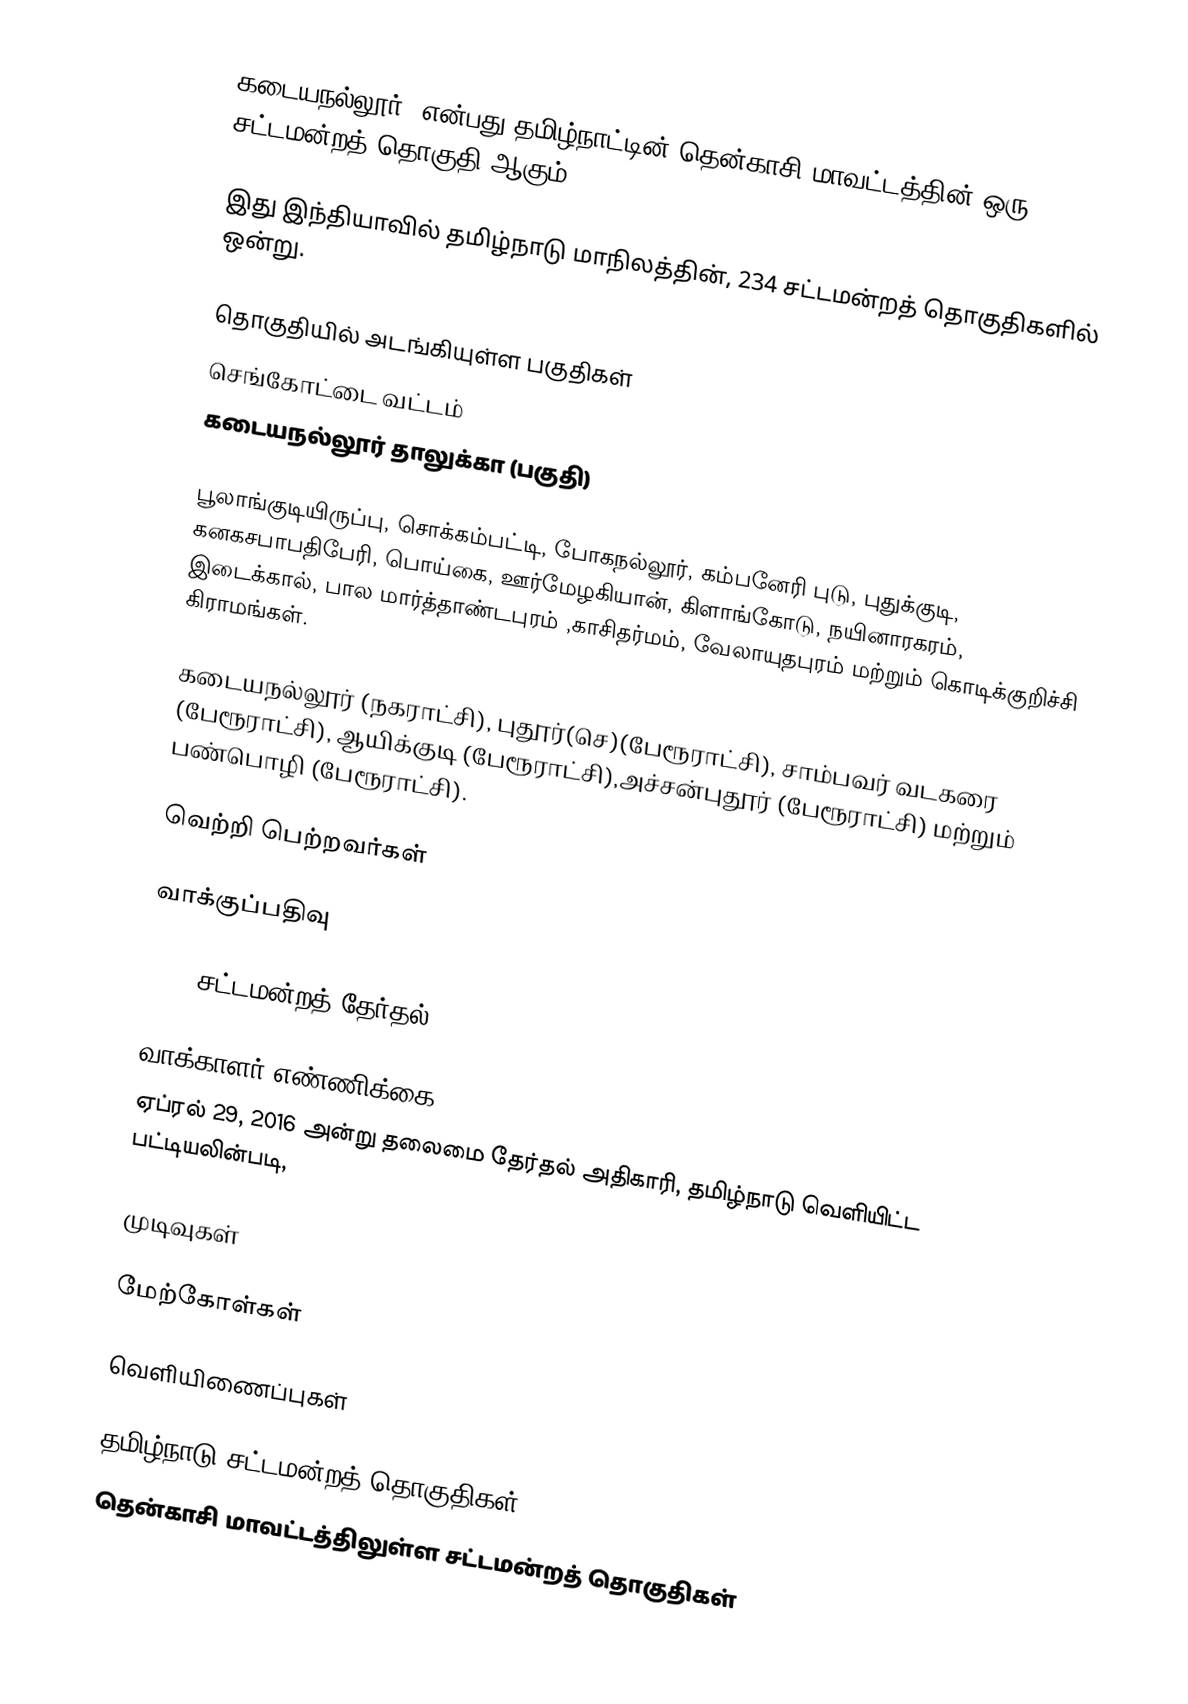
கடையநல்லூர், என்பது தமிழ்நாட்டின் தென்காசி மாவட்டத்தின் ஒரு சட்டமன்றத் தொகுதி ஆகும்.

இது இந்தியாவில் தமிழ்நாடு மாநிலத்தின், 234 சட்டமன்றத் தொகுதிகளில் ஒன்று.

தொகுதியில் அடங்கியுள்ள பகுதிகள்
செங்கோட்டை வட்டம்
கடையநல்லூர் தாலுக்கா (பகுதி)

பூலாங்குடியிருப்பு, சொக்கம்பட்டி, போகநல்லூர், கம்பனேரி புடு, புதுக்குடி, கனகசபாபதிபேரி, பொய்கை, ஊர்மேழகியான், கிளாங்கோடு, நயினாரகரம், இடைக்கால், பால மார்த்தாண்டபுரம் ,காசிதர்மம், வேலாயுதபுரம் மற்றும் கொடிக்குறிச்சி கிராமங்கள்.

கடையநல்லூர் (நகராட்சி), புதூர்(செ)(பேரூராட்சி), சாம்பவர் வடகரை (பேரூராட்சி), ஆயிக்குடி (பேரூராட்சி),அச்சன்புதூர் (பேரூராட்சி) மற்றும் பண்பொழி (பேரூராட்சி).

வெற்றி பெற்றவர்கள்

வாக்குப்பதிவு

2016 சட்டமன்றத் தேர்தல்

வாக்காளர் எண்ணிக்கை
ஏப்ரல் 29, 2016 அன்று தலைமை தேர்தல் அதிகாரி, தமிழ்நாடு வெளியிட்ட பட்டியலின்படி,

முடிவுகள்

மேற்கோள்கள்

வெளியிணைப்புகள்

தமிழ்நாடு சட்டமன்றத் தொகுதிகள்
தென்காசி மாவட்டத்திலுள்ள சட்டமன்றத் தொகுதிகள்